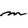
Character: m